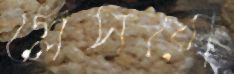
প্লেসবো